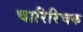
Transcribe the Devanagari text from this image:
चारिरिचक